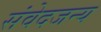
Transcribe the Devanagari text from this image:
संवेदजन्य